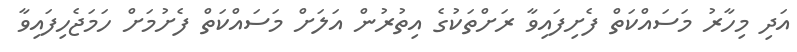
އަދި މިހާރު މަސައްކަތް ފެށިފައިވާ ރަށްތަކުގެ އިތުރުން އަލަށް މަސައްކަތް ފެށުމަަށް ހަމަޖެހިފައިވާ